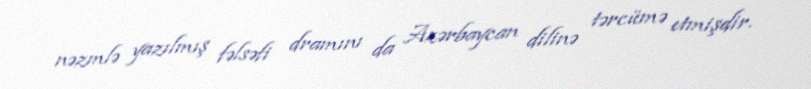
nəzmlə yazılmış fəlsəfi dramını da Azərbaycan dilinə tərcümə etmişdir.